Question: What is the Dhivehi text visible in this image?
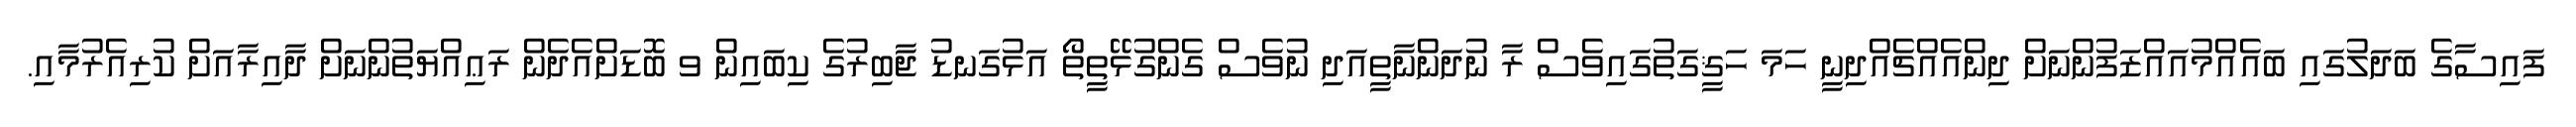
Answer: ފައިސާގެ ބަދަލުގައި ބައެއްމުއައްޒަފުންނަށް ދިންއެއްޗެއްދިނީ ހަމަ ހަޤީގަތުގައިވެސް ރާ ނުދަންނާތީއަދި ނުވެސް ގެންގުޅޭތީތޯ އަޅުގަނޑު ޖާބިރުގެ ކިބައިން ވ ބޮޑަށްއެދެން ރަޢިއްޔަތުންނަށް ދާއިރާއަށް ކުރިއެރުމާއި.